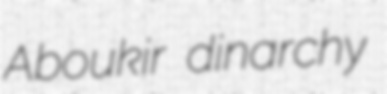
Aboukir dinarchy